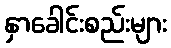
နှာခေါင်းစည်းများ